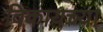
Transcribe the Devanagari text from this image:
विकायच्या